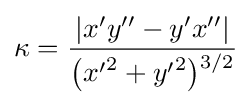
\kappa ={\frac {\left|x'y''-y'x''\right|}{{\bigl (}{x'}^{2}+{y'}^{2}{\bigr )}{\vphantom {'}}^{3/2}}}